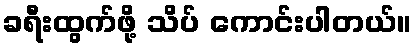
ခရီးထွက်ဖို့ သိပ် ကောင်းပါတယ်။